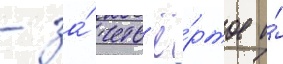
- за́ четв'ё́ртое и́